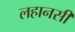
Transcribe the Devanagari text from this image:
लहानसी